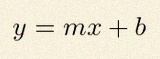
y=mx+b